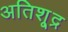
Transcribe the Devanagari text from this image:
अतिशू्द्र